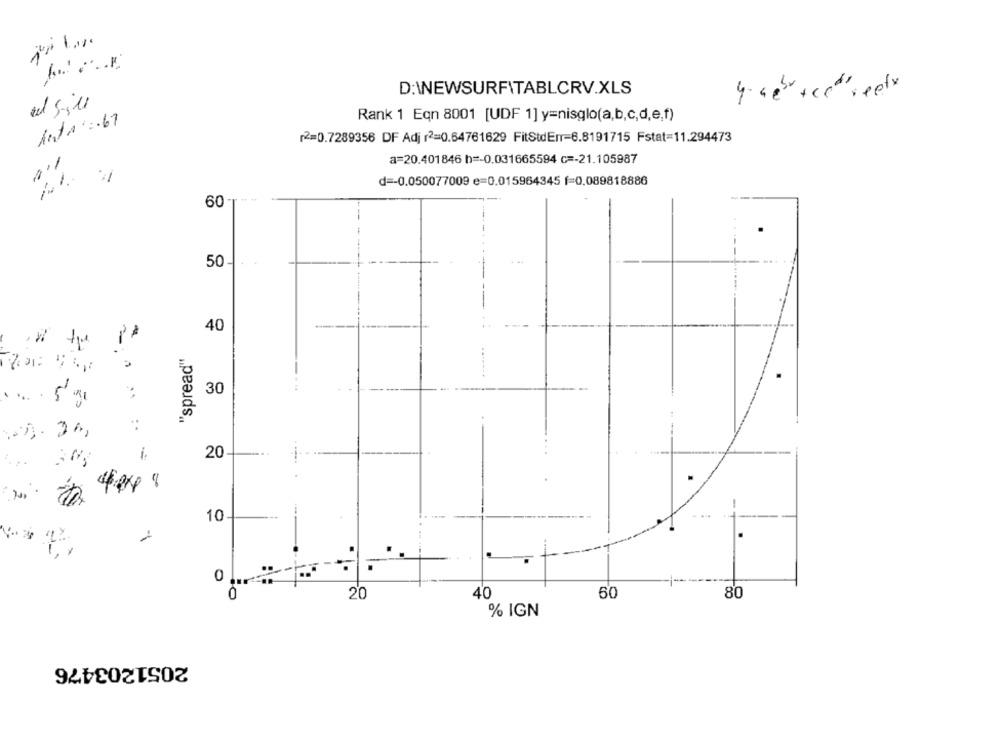
D:\EWSURFITABLCRV.XLS
4. "e" + "c" seefx
Rank 1 Eqn 8001 [UDF 1] y=nisglo(a,b,c,d,e,f)
2=0.7289356 DF Adj r2=0.64761629 FitStdEnr=6.8191715 Fstat=11.294473
a=20.401846 h =- 0.031665594 c =- 21.105987
d =- 0.050077009 e=0.015964345 f=0.089818886
60
50
---
40
"spread"
30
... .
20
10
-+
0
20
60
80
40
% IGN
2051203476